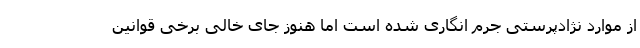
از موارد نژادپرستی جرم انگاری شده است اما هنوز جای خالی برخی قوانین